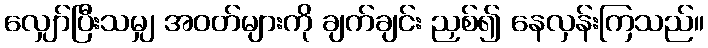
လျှော်ပြီးသမျှ အဝတ်များကို ချက်ချင်း ညှစ်၍ နေလှန်းကြသည်။